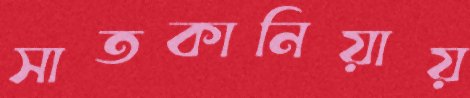
সাতকানিয়ায়